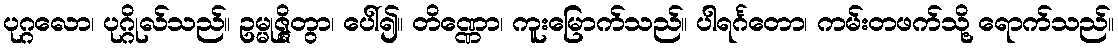
ပုဂ္ဂလော၊ ပုဂ္ဂိုလ်သည်။ ဥမ္မုဇ္ဇိတွာ၊ ပေါ်၍။ တိဏ္ဏော၊ ကူးမြောက်သည်။ ပါရင်္ဂတော၊ ကမ်းတဖက်သို့ ရောက်သည်။